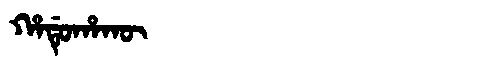
Manchu: ᡥᠠᡩᡠᡥᠠᡴᡡ
Romanization: HADUHAKŪ